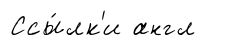
Ссы́лк'и англ